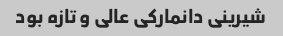
شیرینی دانمارکی عالی و تازه بود